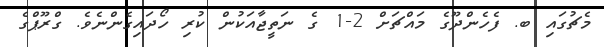
މެޗުގައި ބ. ފެހެންދޫގެ މައްޗަށް 2-1 ގެ ނަތީޖާއަކުން ކުރި ހޯދައިގެންނެވެ. ގްރޫޕްގެ